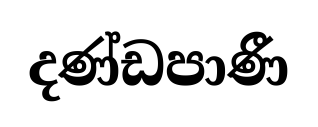
දණ්ඩපාණී